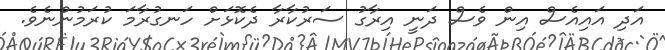
އަދި އައިއެސް އިން ވެސް ދަނީ އިރާގު ސަރުކާރާ ދެކޮޅަށް ހަނގުރާމަ ކުރަމުންނެވެ.